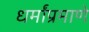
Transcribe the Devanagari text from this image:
धर्मांप्रमाणे